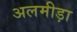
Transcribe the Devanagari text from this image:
अलमीड़ा